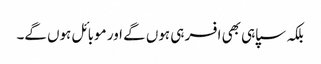
بلکہ سپاہی بھی افسر ہی ہوں گے اور موبائل ہوں گے۔